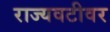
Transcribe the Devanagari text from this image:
राज्यवटीवर